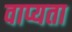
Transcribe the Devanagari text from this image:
वाप्यता